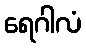
ရေဂါလံ